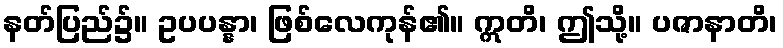
နတ်ပြည်၌။ ဥပပန္နာ၊ ဖြစ်လေကုန်၏။ ဣတိ၊ ဤသို့။ ပဇာနာတိ၊